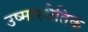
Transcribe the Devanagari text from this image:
उष्मास्थैतिक